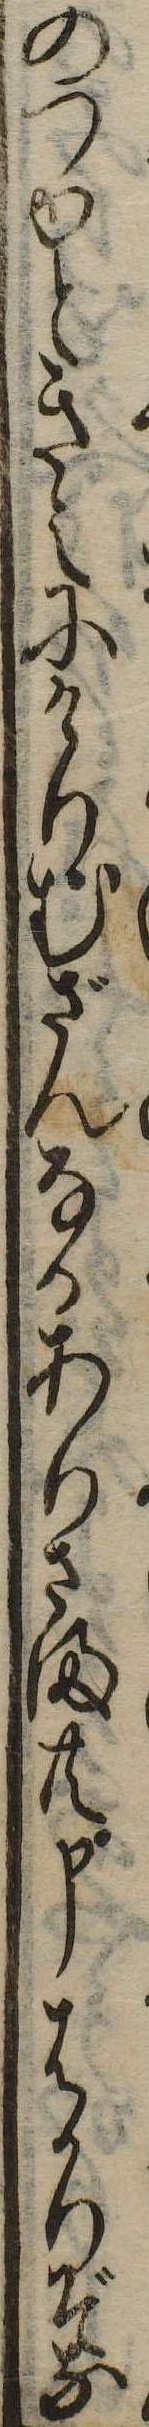
のつゆときえにけりむざんなるありさま共申はかりぞな